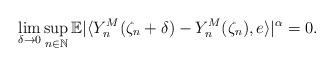
LaTeX: \begin{align*} \lim_{\delta\rightarrow 0}\sup_{n\in\mathbb{N}} \mathbb{E} | \langle Y_n^M(\zeta_n +\delta)-Y_n^M(\zeta_n) , e\rangle |^{\alpha} = 0 . \end{align*}